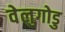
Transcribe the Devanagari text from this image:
वेलुगोडु